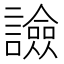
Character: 譣